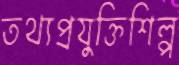
তথ্যপ্রযুক্তিশিল্প